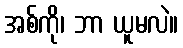
အစ်ကို၊ ဘာ ယူမလဲ။